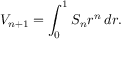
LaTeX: V _ { n + 1 } = \int _ { 0 } ^ { 1 } S _ { n } r ^ { n } \, d r .